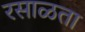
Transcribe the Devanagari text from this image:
रसाळता